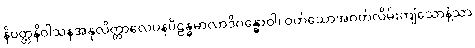
နိဝတ္တနိဝါသနအနုလိတ္တာလေပနပိဠန္ဓမာလာဒိဂန္ဓောဝါ၊ ဝတ်သောအဝတ်လိမ်းကျံသောနံ့သာ